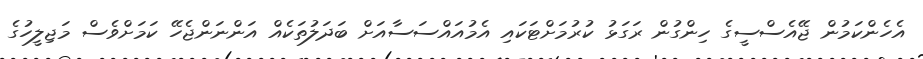
އެހެންކަމުން ޖޭއެސްސީގެ ހިންގުން ރަގަޅު ކުރުމަށްޓަކައި އެމުއައްސަސާއަށް ބަދަލުތަކެއް އަންނަންޖެހޭ ކަމަށްވެސް މަޖިލީހުގެ